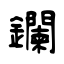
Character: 鑭